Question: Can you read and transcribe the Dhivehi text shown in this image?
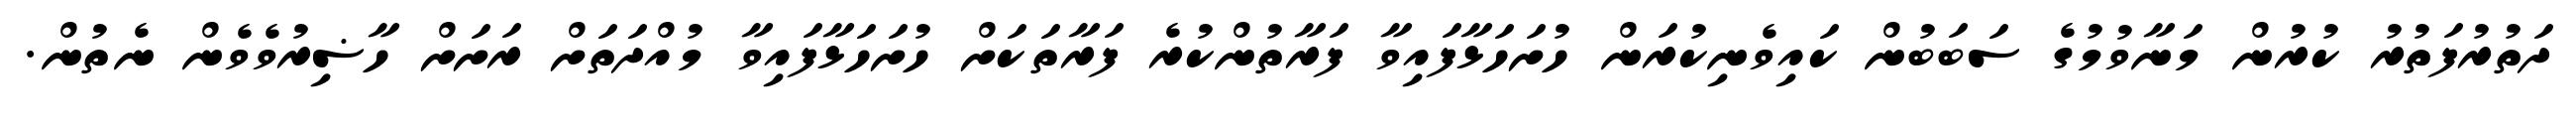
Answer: ދަތުރުފަތުރު ކުރުން މަނާވުމުގެ ސަބަބުން ކައިވެނިކުރަން ހުށަހަޅާފައިވާ ފަރާތުންކުރެ ފަރާތަކަށް ހުށަހަޅާފައިވާ މުއްދަތަށް ރަށަށް ހާޟިރުވެވެން ނެތުން.